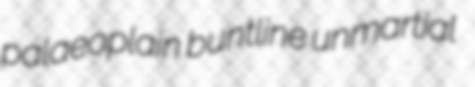
palaeoplain buntline unmartial